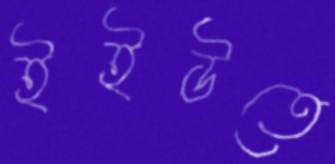
ইইউতে